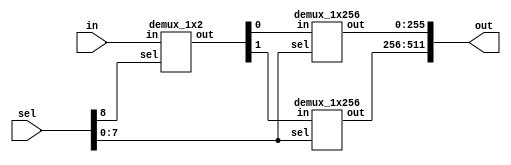
module demux_1x512 (in,sel,out);
input in;
input [8:0] sel;
output [511:0] out;
wire [1:0] out_w;

demux_1x2 d512_0(.in(in),.sel(sel[8]),.out(out_w[1:0]));
demux_1x256 d512_1(.in(out_w[0]),.sel(sel[7:0]),.out(out[255:0]));
demux_1x256 d512_2(.in(out_w[1]),.sel(sel[7:0]),.out(out[511:256]));

endmodule

module demux_1x256 (in,sel,out);
input in;
input [7:0] sel;
output [255:0] out;
wire [1:0] out_w;

demux_1x2 d256_0(.in(in),.sel(sel[7]),.out(out_w[1:0]));
demux_1x128 d256_1(.in(out_w[0]),.sel(sel[6:0]),.out(out[127:0]));
demux_1x128 d256_2(.in(out_w[1]),.sel(sel[6:0]),.out(out[255:128]));

endmodule

module demux_1x128 (in,sel,out);
input in;
input [6:0] sel;
output [127:0] out;
wire [1:0] out_w;

demux_1x2 d128_0(.in(in),.sel(sel[6]),.out(out_w[1:0]));
demux_1x64 d128_1(.in(out_w[0]),.sel(sel[5:0]),.out(out[63:0]));
demux_1x64 d128_2(.in(out_w[1]),.sel(sel[5:0]),.out(out[127:64]));

endmodule

module demux_1x64 (in,sel,out);
input in;
input [5:0] sel;
output [63:0] out;
wire [1:0] out_w;

demux_1x2 d64_0(.in(in),.sel(sel[5]),.out(out_w[1:0]));
demux_1x32 d64_1(.in(out_w[0]),.sel(sel[4:0]),.out(out[31:0]));
demux_1x32 d64_2(.in(out_w[1]),.sel(sel[4:0]),.out(out[63:32]));

endmodule

module demux_1x32 (in,sel,out);
input in;
input [4:0] sel;
output [31:0] out;
wire [1:0] out_w;

demux_1x2 d32_0(.in(in),.sel(sel[4]),.out(out_w[1:0]));
demux_1x16 d32_1(.in(out_w[0]),.sel(sel[3:0]),.out(out[15:0]));
demux_1x16 d32_2(.in(out_w[1]),.sel(sel[3:0]),.out(out[31:16]));

endmodule


module demux_1x16 (in,sel,out);
input in;
input [3:0] sel;
output [15:0] out;
wire [1:0] out_w;

demux_1x2 d16_0(.in(in),.sel(sel[3]),.out(out_w[1:0]));
demux_1x8 d16_1(.in(out_w[0]),.sel(sel[2:0]),.out(out[7:0]));
demux_1x8 d16_2(.in(out_w[1]),.sel(sel[2:0]),.out(out[15:8]));

endmodule

module demux_1x8 (in,sel,out);
input in;
input [2:0] sel;
output [7:0] out;
wire [1:0] out_w;

demux_1x2 d8_0(.in(in),.sel(sel[2]),.out(out_w[1:0]));
demux_1x4 d8_1(.in(out_w[0]),.sel(sel[1:0]),.out(out[3:0]));
demux_1x4 d8_2(.in(out_w[1]),.sel(sel[1:0]),.out(out[7:4]));

endmodule 

module demux_1x4 (in,sel,out);
input in;
input [1:0] sel;
output [3:0] out;
wire [1:0]out_w;

demux_1x2 d4_0(.in(in),.sel(sel[1]),.out(out_w));
demux_1x2 d4_1(.in(out_w[0]),.sel(sel[0]),.out(out[1:0]));
demux_1x2 d4_2(.in(out_w[1]),.sel(sel[0]),.out(out[3:2]));


endmodule 

module demux_1x2 (in,sel,out);
input in,sel;
output [1:0] out;

assign out[0] = (sel==0) ? in :0;
assign out[1] = (sel==1) ? in :0;

endmodule